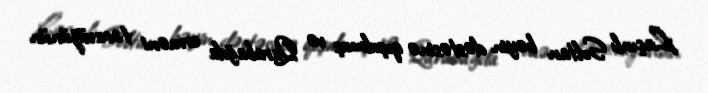
Laçınlı Soltan bəyin dəstəsinə qoşulmuş və Qarabağda erməni təcavüzünün